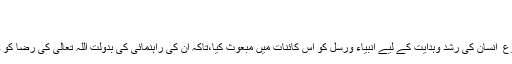
ا)
دوام حدیث جلد دوم
اللہ تعالیٰ نے بنی نوع ِ انسان کی رشد وہدایت کے لیے انبیاء ورسل کو اس کائنات میں مبعوث کیا،تاکہ ان کی راہنمائی کی بدولت اللہ تعالیٰ کی رضا کو حاصل کیا جاسکے۔